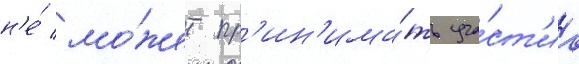
н'е́ мо́жет пр'ин'има́ть уча́ст'иа